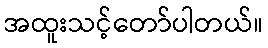
အထူးသင့်တော်ပါတယ်။